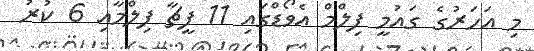
މި އަހަރުގެ ގައުމީ ފިލްމް އެވޯޑްގައި 11 ފީޗާ ފިލްމާއި 6 ކުރު